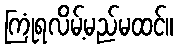
ကြုံရလိမ့်မည်မထင်။